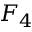
F _ { 4 }